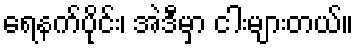
ရေနက်ပိုင်း၊ အဲဒီမှာ ငါးများတယ်။